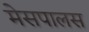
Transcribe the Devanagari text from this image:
मेसपालस